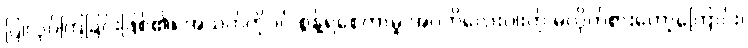
ပြုလုပ်ကြခြင်းဖြစ်၏။ အသက်ကိုပင် စွန့်ရစေကာမူ အဂတိလေးပါးကို မလိုက်စားတော့ကြောင်း၊